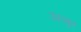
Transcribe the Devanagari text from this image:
उरुगुए